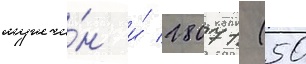
мужчи́н и́ 28071 (50